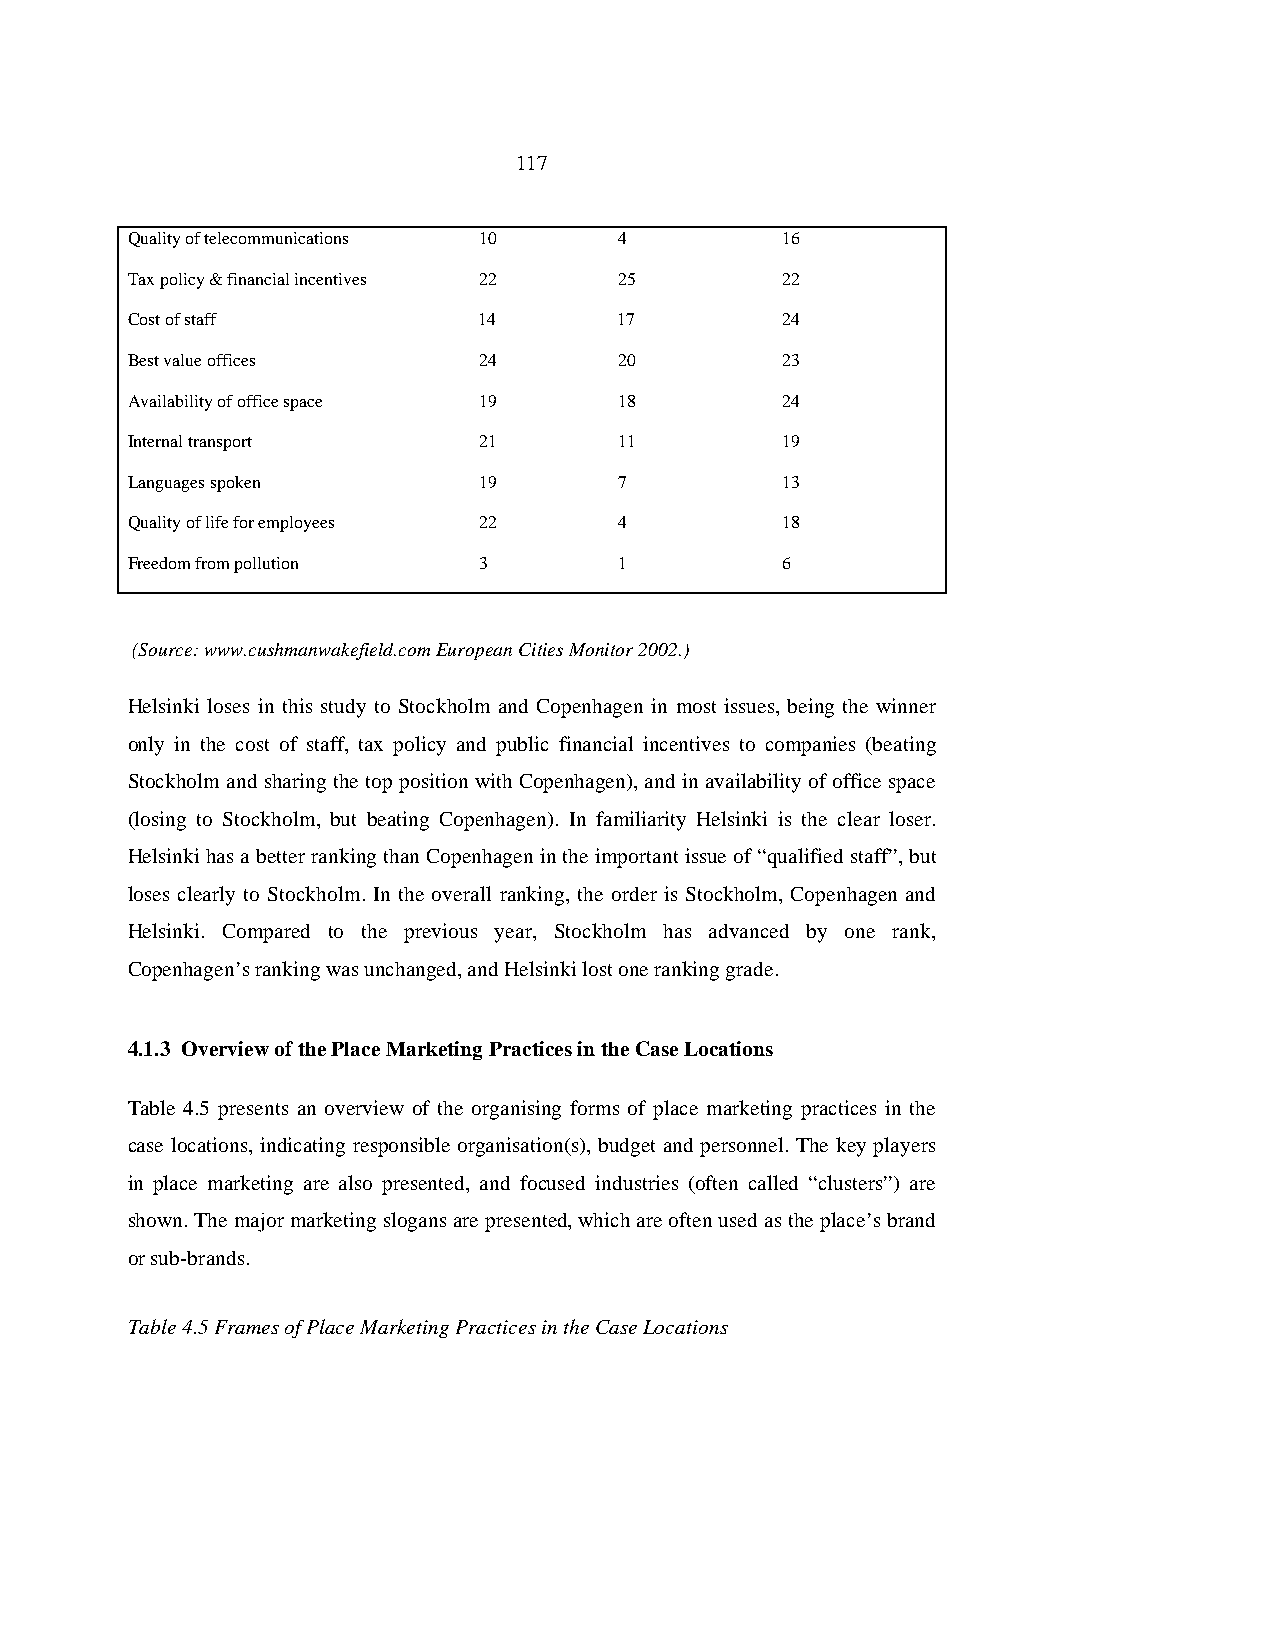
117
 Quality of telecommunications 10 4          16
 Tax policy & financial incentives 22 25     22
 Cost of staff           14       17         24
 Best value offices      24       20         23
 Availability of office space 19  18         24
 Internal transport      21       11         19
 Languages spoken        19       7          13
 Quality of life for employees 22 4          18
 Freedom from pollution  3        1          6
 (Source: www.cushmanwakefield.com European Cities Monitor 2002.)
 Helsinki loses in this study to Stockholm and Copenhagen in most issues, being the winner
 only in the cost of staff, tax policy and public financial incentives to companies (beating
 Stockholm and sharing the top position with Copenhagen), and in availability of office space
 (losing to Stockholm, but beating Copenhagen). In familiarity Helsinki is the clear loser.
 Helsinki has a better ranking than Copenhagen in the important issue of “qualified staff”, but
 loses clearly to Stockholm. In the overall ranking, the order is Stockholm, Copenhagen and
 Helsinki. Compared to the previous year, Stockholm has advanced by one rank,
 Copenhagen’s ranking was unchanged, and Helsinki lost one ranking grade.
 4.1.3 Overview of the Place Marketing Practices in the Case Locations
 Table 4.5 presents an overview of the organising forms of place marketing practices in the
 case locations, indicating responsible organisation(s), budget and personnel. The key players
 in place marketing are also presented, and focused industries (often called “clusters”) are
 shown. The major marketing slogans are presented, which are often used as the place’s brand
 or sub-brands.
 Table 4.5 Frames of Place Marketing Practices in the Case Locations